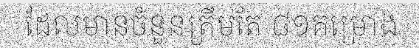
ដែលមានចំនួនត្រឹមតែ ៨១គម្រោង